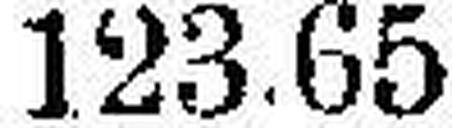
123.65